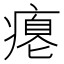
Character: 瘪